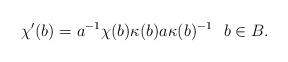
LaTeX: \begin{align*} \chi'(b)=a^{-1}\chi(b)\kappa(b) a \kappa(b)^{-1} \,\,\,\, b \in B.\end{align*}